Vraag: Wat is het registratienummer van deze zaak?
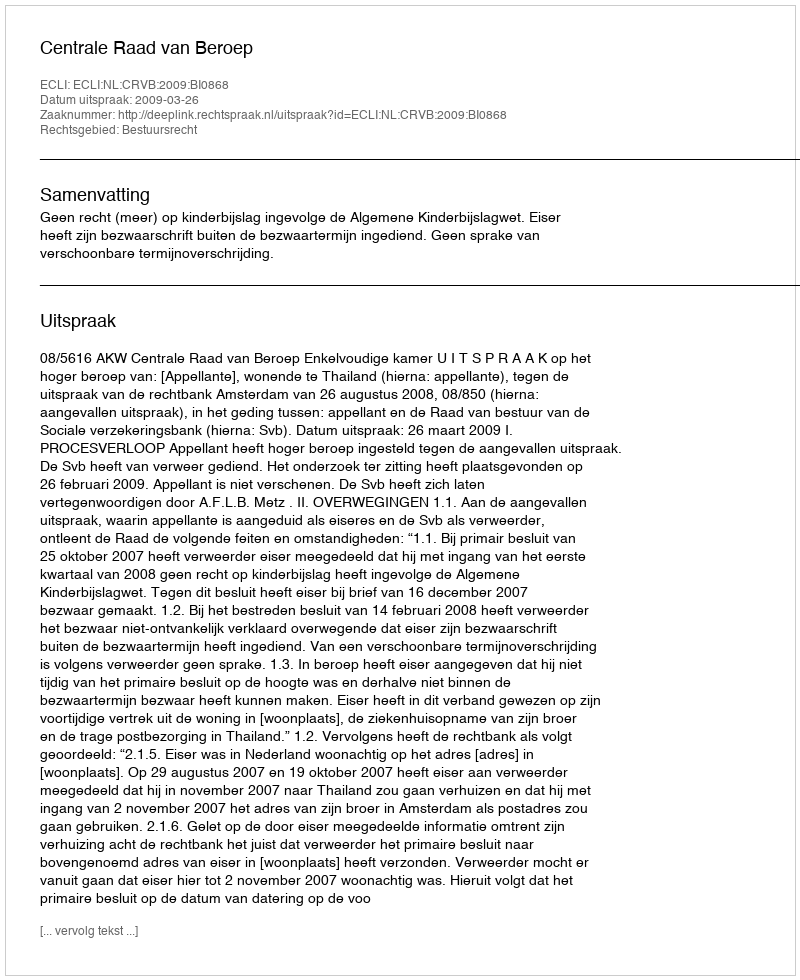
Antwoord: http://deeplink.rechtspraak.nl/uitspraak?id=ECLI:NL:CRVB:2009:BI0868